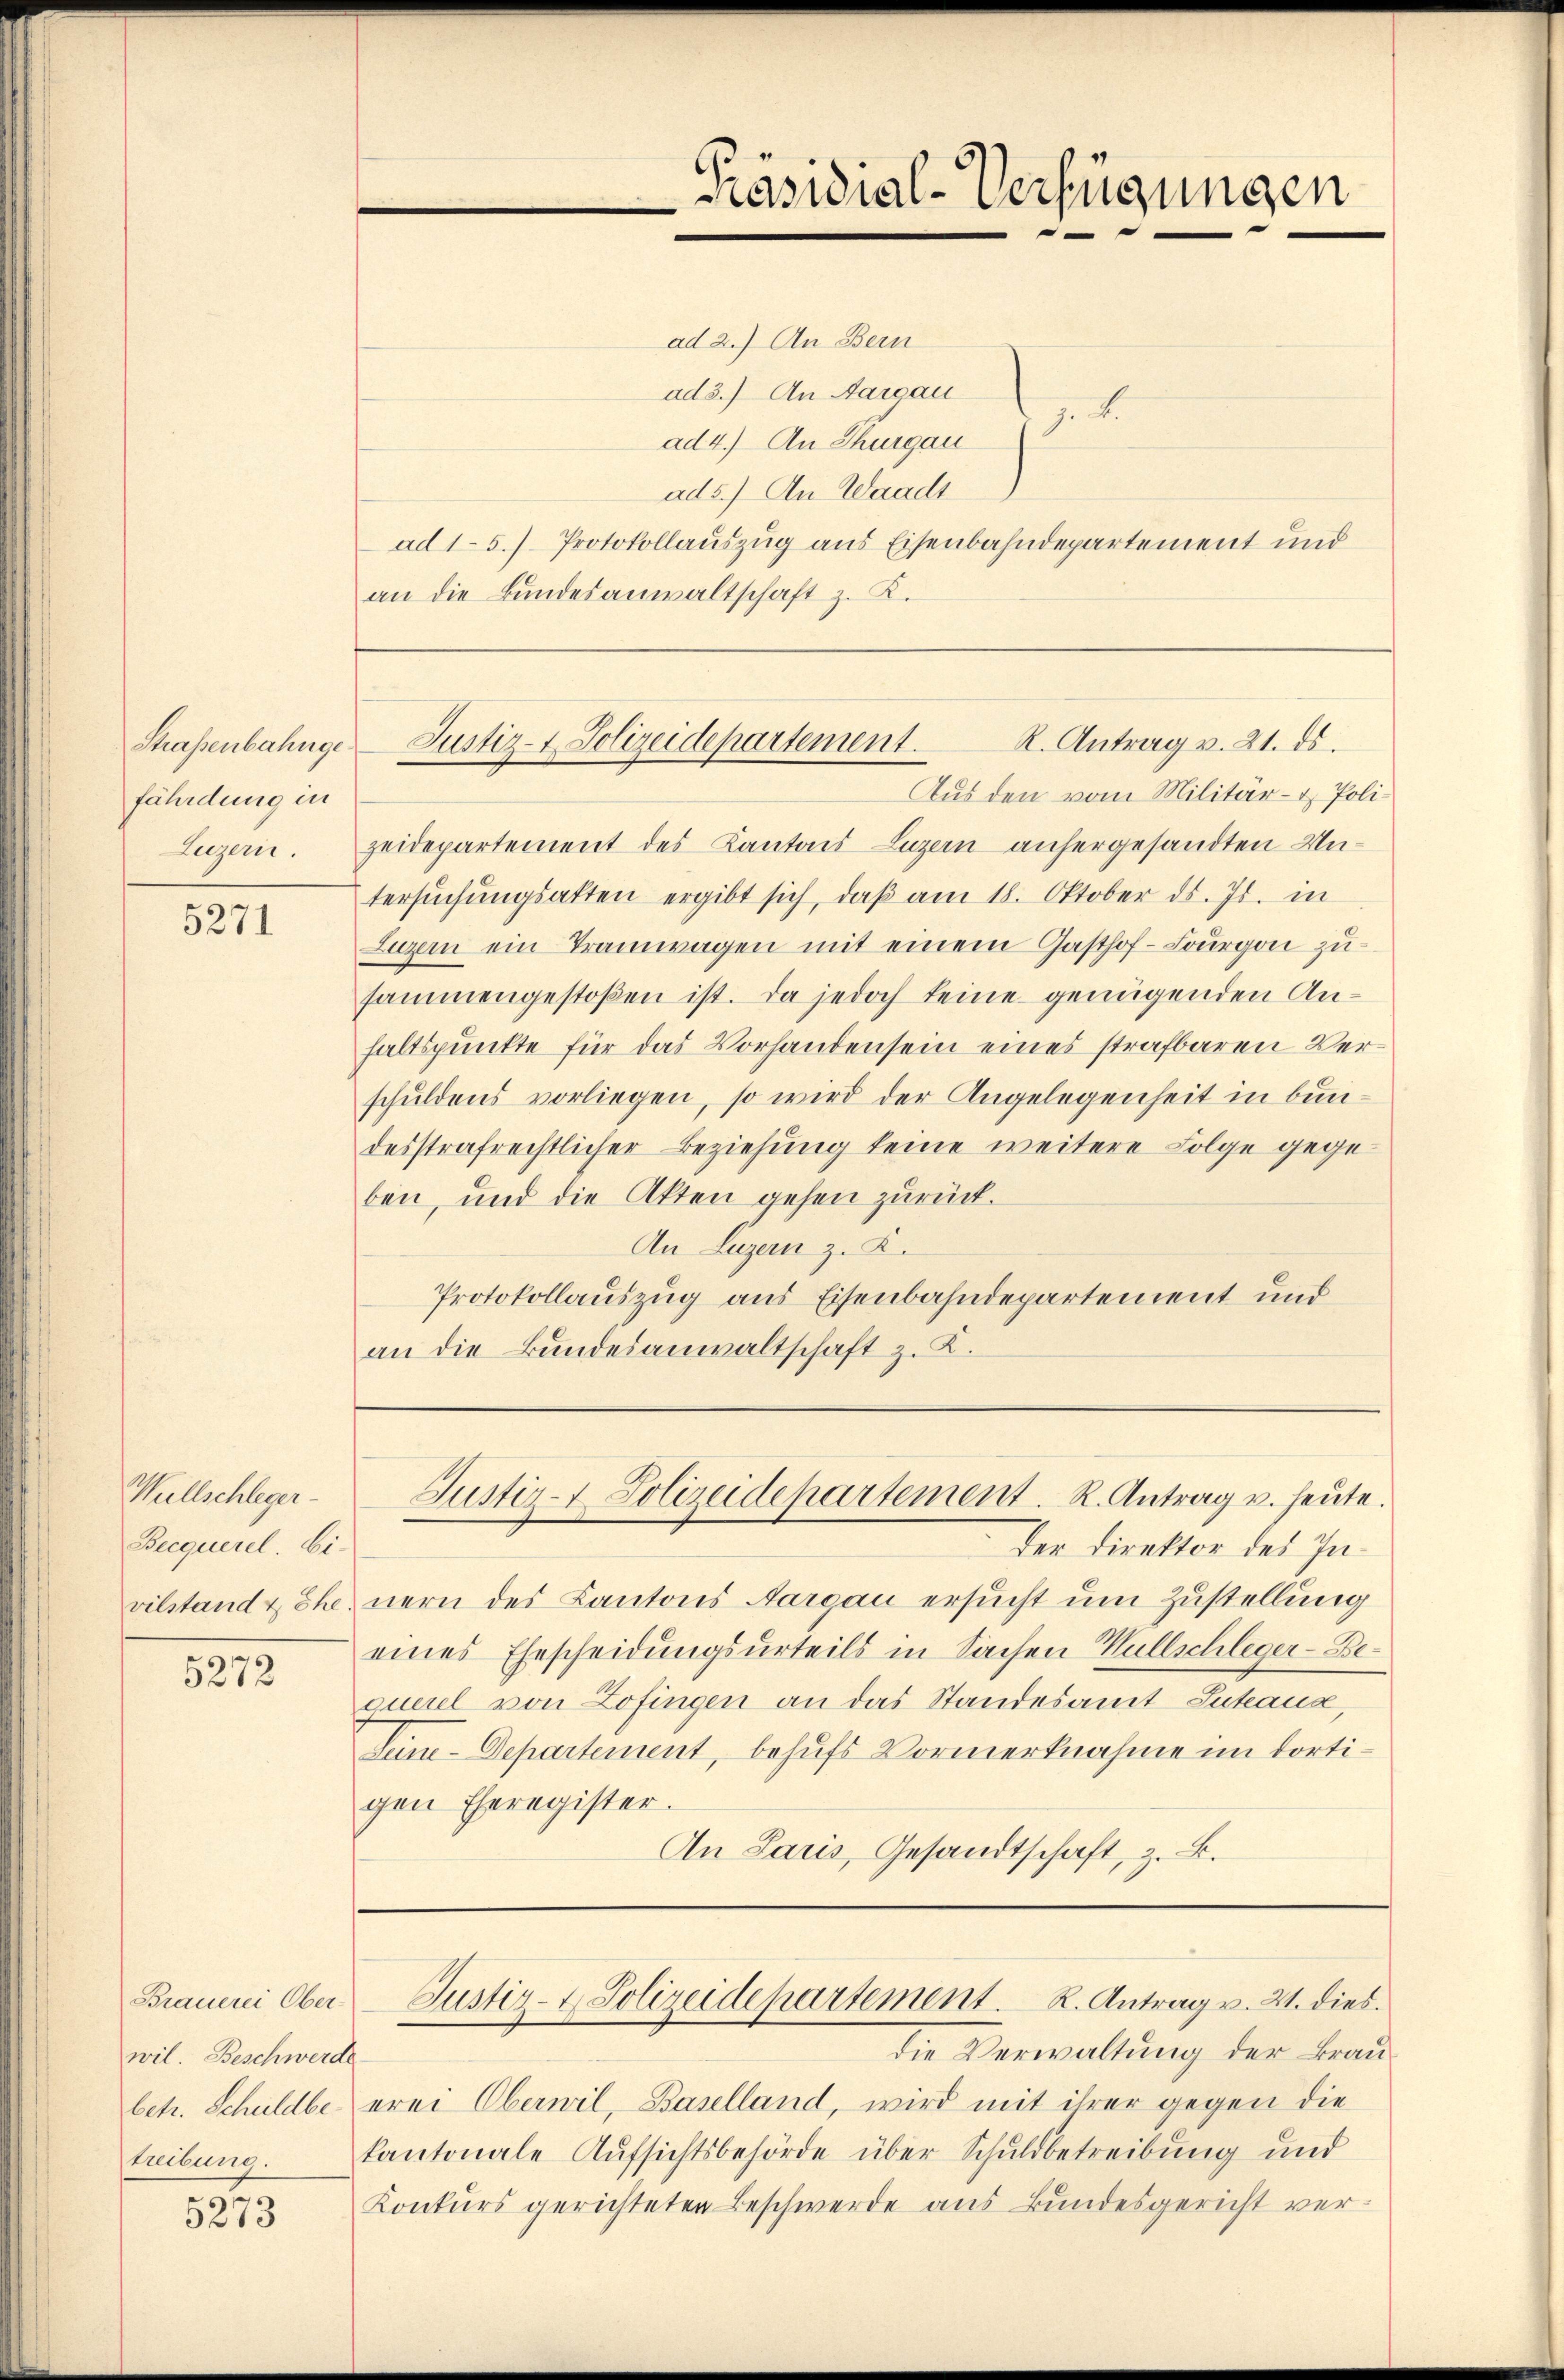
Straßenbahnge
fährdung in
Luzern.

5271

Wüllschleger
Becquerel. Ei

5272

Brauerei Ober-
wil. Beschwerde
treibung.

3815

ad 2.) An Bern
ad 3.) An Aargau
7. B.
ad4.) An Thurgau
ad5.) An Waadt
ad 15.) Protokollauszug aus Eisenbahndepartement und
an die Bundesanwaltschaft z. K.

zeidepartement des Kantons Luzern anhergesandten Untersŭchŭngsakten ergibt sich, daβ am 18. Oktober ds. Js. in
Luzern ein Tramwagen mit einem Gasthof-Lourgo zusammengestoßen ist. Da jedoch keine genügenden Anhaltspunkte für das Vorhanden sein eines strafbaren Verschuldens vorliegen, so wird der Angelegenheit in bundesstrafrechtlicher Beziehung keine weitere Folge gegeben, und die Akten gehen zurück.
An Luzern z. K.
Protokollauszug aus Eisenbahndepartement und
an die Bundesanwaltschaft z. K.

Präsidial-Verfügungen
"

R. Antrag v. 21. ds.
Justiz- & Polizeidepartement.
Aus den vom Militär- & Poli¬

Der Direktor des Invilstand & Ehe, nern des Kantons Aargau ersucht um Zustellung
eines Ehescheidungsurteils in Sachen Müllschleger-Bequetel von Zofingen an das Standesamt Luteaux,
Seine-Departement, behufs Vormerknahme im dortigen Eheregister.
An Lauis, Gesandtschaft, z. B.

Justiz- Polizeidepartement. R. Antrag u. heute.

die Verwaltung der Braubetr. Schuldbe erei Oberwil, Baselland, wird mit ihrer gegen die
kantonale Aufsichtsbehörde über Schuldbetreibung und
Konkurs gerichteten Beschwerde aus Bundesgericht ver-

Justiz- & Polizeidepartement. K. Antrag v. 21. dies